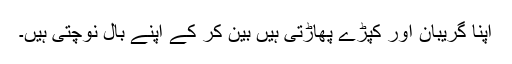
اپنا گریبان اور کپڑے پھاڑتی ہیں بین کر کے اپنے بال نوچتی ہیں۔